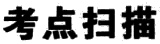
考点扫描